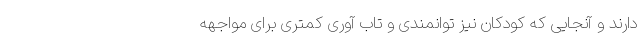
دارند و آنجایی که کودکان نیز توانمندی و تاب آوری کمتری برای مواجهه